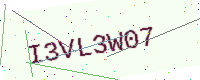
Text: I3VL3W07